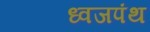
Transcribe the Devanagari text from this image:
ध्वजपंथ